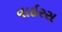
વાઇરસ